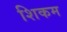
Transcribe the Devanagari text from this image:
शिकम